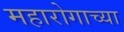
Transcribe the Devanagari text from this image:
महारोगाच्या